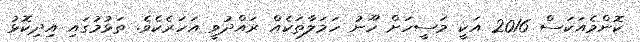
ކޮންމެއަކަސް 2016 އަކީ މަސީހަށް ހޫނު ހަމަލާތަކެއް ރައްދުވީ އަހަރެކެވެ. ތަޅުމުގައި އިދިކޮޅު